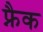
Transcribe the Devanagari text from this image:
फ्नैक